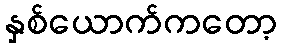
နှစ်ယောက်ကတော့